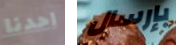
احدنا بإرسال